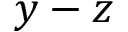
y - z